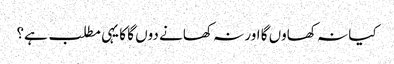
کیا نہ کھاوں گا اور نہ کھانے دوں گا کا یہی مطلب ہے؟